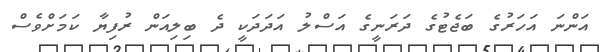
އަންނަ އަހަރުގެ ބަޖެޓުގެ ދަރަނީގެ އަސްލު އަދަދަކީ ދެ ބިލިއަން ރުފިޔާ ކަމަށްވެސް